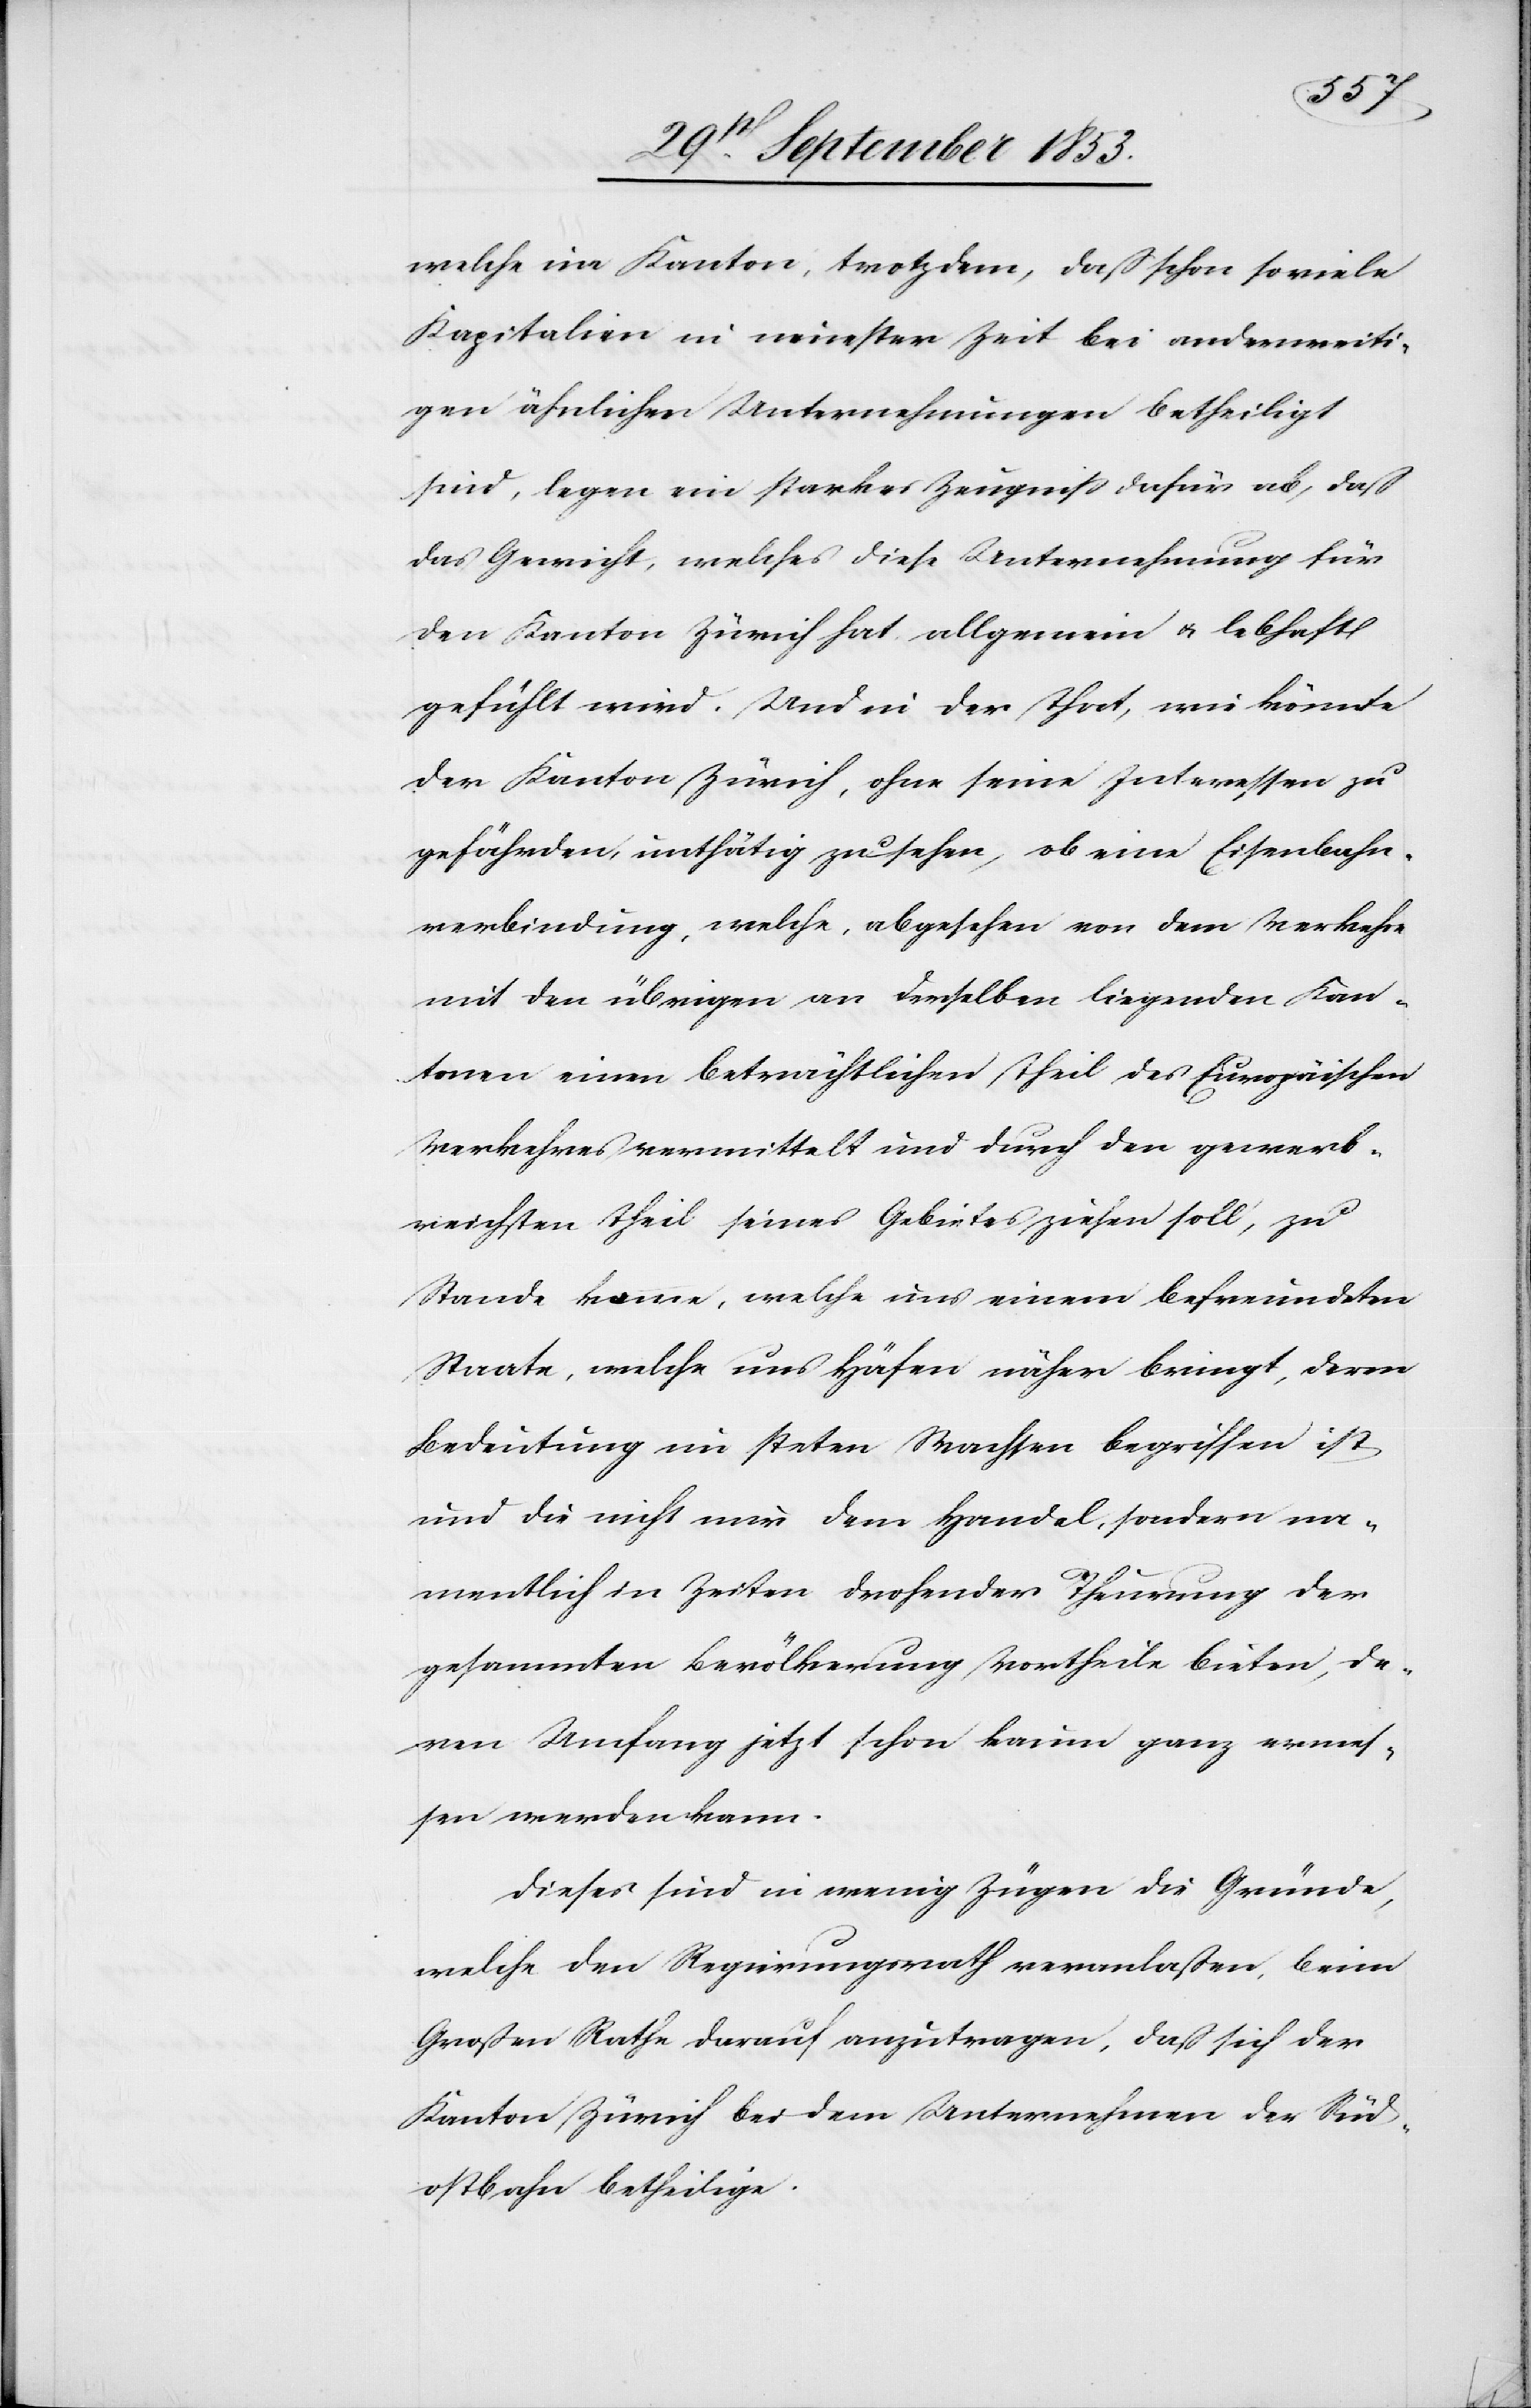
welche im Kanton, trotzdem, daß schon so viele
Kapitalien in neuester Zeit bei anderweiti¬
gen ähnlichen Unternehmungen betheiligt
sind, legen ein starkes Zeugniß dafür ab, daß
das Gewicht, welches diese Unternehmung für
den Kanton Zürich hat allgemein u. lebhaft
gefühlt wird. Und in der That, wie könnte
der Kanton Zürich, ohne seine Interessen zu
gefährden, unthätig zusehen, ob eine Eisenbahn¬
verbindung, welche, abgesehen von dem Verkehr
mit den übrigen an derselben liegenden Kan¬
tonen einen beträchtlichen Theil des Europäischen
Verkehres vermittelst und durch den gewerb¬
reichsten Theil seines Gebietes ziehen soll, zu
Stande komme, welche uns einem befreundeten
Staate, welche uns Häfen näher bringt, deren
Bedeutung im steten Wachsen begriffen ist
und die nicht nur dem Handel, sondern na¬
mentlich in Zeiten drohender Theurung der
gesammten Bevölkerung Vortheil bieten, de¬
ren Umfang jetzt schon kaum ganz ermes¬
sen werden kann.
Dieses sind in wenig Zügen die Gründe,
welche den Regierungsrath veranlaßten, beim
Großen Rathe darauf anzutragen, daß sich der
Kanton Zürich bei dem Unternehmen der Süd¬
ostbahn betheilige.